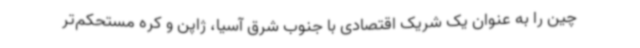
چین را به عنوان یک شریک اقتصادی با جنوب شرق آسیا، ژاپن و کره مستحکم‌تر